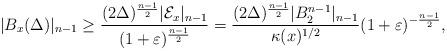
LaTeX: \begin{align*}|B_x(\Delta)|_{n-1}\geq \frac{(2\Delta)^{\frac{n-1}{2}}|\mathcal{E}_x|_{n-1}}{(1+\varepsilon)^{\frac{n-1}{2}}}=\frac{(2\Delta)^{\frac{n-1}{2}}|B_2^{n-1}|_{n-1}}{\kappa(x)^{1/2}}(1+\varepsilon)^{-\frac{n-1}{2}}, \end{align*}